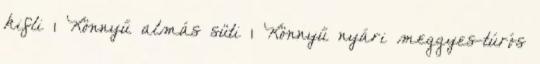
kifli 1 Könnyű almás süti 1 Könnyű nyári meggyes-túrós